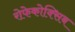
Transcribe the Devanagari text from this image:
रोफेकोक्सिब